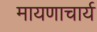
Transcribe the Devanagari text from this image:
मायणाचार्य